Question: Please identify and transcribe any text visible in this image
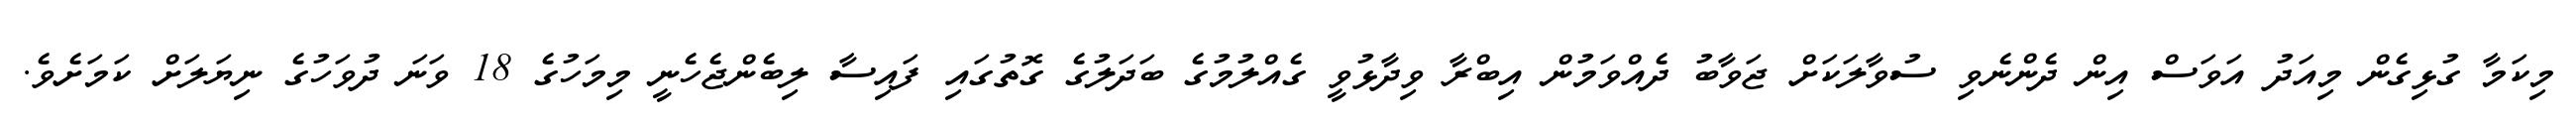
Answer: މިކަމާ ގުޅިގެން މިއަދު އަވަސް އިން ދެންނެވި ސުވާލަކަށް ޖަވާބު ދެއްވަމުން އިބްރާ ވިދާޅުވީ ގެއްލުމުގެ ބަދަލުގެ ގޮތުގައި ފައިސާ ލިބެންޖެހެނީ މިމަހުގެ 18 ވަނަ ދުވަހުގެ ނިޔަލަށް ކަމަށެވެ.